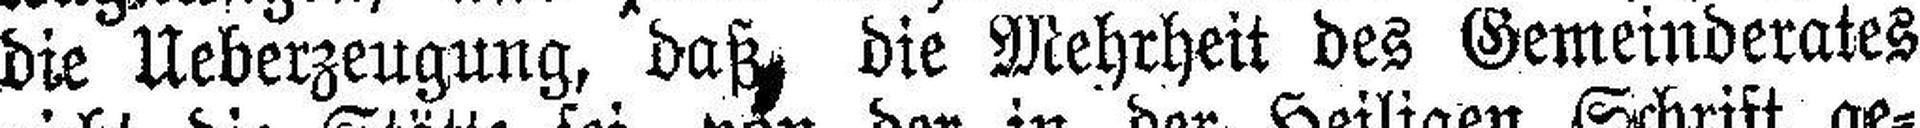
die Ueberzeugung, daß die Mehrheit des Gemeinderates